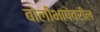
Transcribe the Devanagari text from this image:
बोलीभाषेवरील